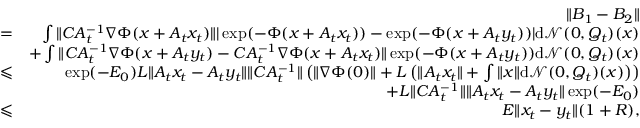
\begin{array} { r l r } & { } & { \| B _ { 1 } - B _ { 2 } \| } \\ & { = } & { \int \| C A _ { t } ^ { - 1 } \nabla \Phi ( x + A _ { t } x _ { t } ) \| | \exp ( - \Phi ( x + A _ { t } x _ { t } ) ) - \exp ( - \Phi ( x + A _ { t } y _ { t } ) ) | \mathrm { d } \mathcal { N } ( 0 , Q _ { t } ) ( x ) } \\ & { } & { + \int \| C A _ { t } ^ { - 1 } \nabla \Phi ( x + A _ { t } y _ { t } ) - C A _ { t } ^ { - 1 } \nabla \Phi ( x + A _ { t } x _ { t } ) \| \exp ( - \Phi ( x + A _ { t } y _ { t } ) ) \mathrm { d } \mathcal { N } ( 0 , Q _ { t } ) ( x ) } \\ & { \leqslant } & { \exp ( - E _ { 0 } ) L \| A _ { t } x _ { t } - A _ { t } y _ { t } \| \| C A _ { t } ^ { - 1 } \| \left( \| \nabla \Phi ( 0 ) \| + L \left( \| A _ { t } x _ { t } \| + \int \| x \| \mathrm { d } \mathcal { N } ( 0 , Q _ { t } ) ( x ) \right) \right) } \\ & { } & { + L \| C A _ { t } ^ { - 1 } \| \| A _ { t } x _ { t } - A _ { t } y _ { t } \| \exp ( - E _ { 0 } ) } \\ & { \leqslant } & { E \| x _ { t } - y _ { t } \| ( 1 + R ) , } \end{array}